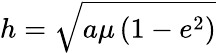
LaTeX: h={\sqrt{a\mu\left(1-e^{2}\right)}}